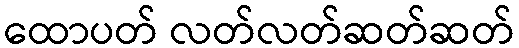
ထောပတ် လတ်လတ်ဆတ်ဆတ်